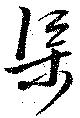
渠